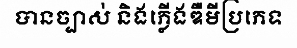
បានច្បាស់ និងភ្លើងឌឺមីប្រភេទ